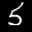
Label: 5